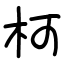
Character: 柯